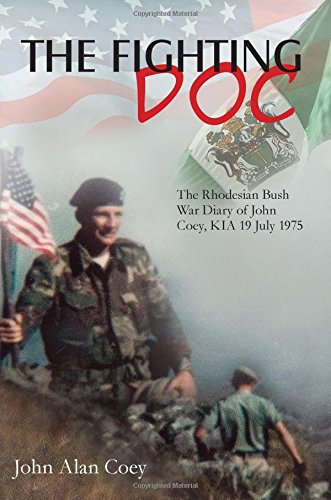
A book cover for The Fighting Doc: The Rhodesian Bush War Diary of John Coey, KIA 19 July 1975; John Coey; History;